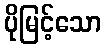
ပိုမြင့်သော